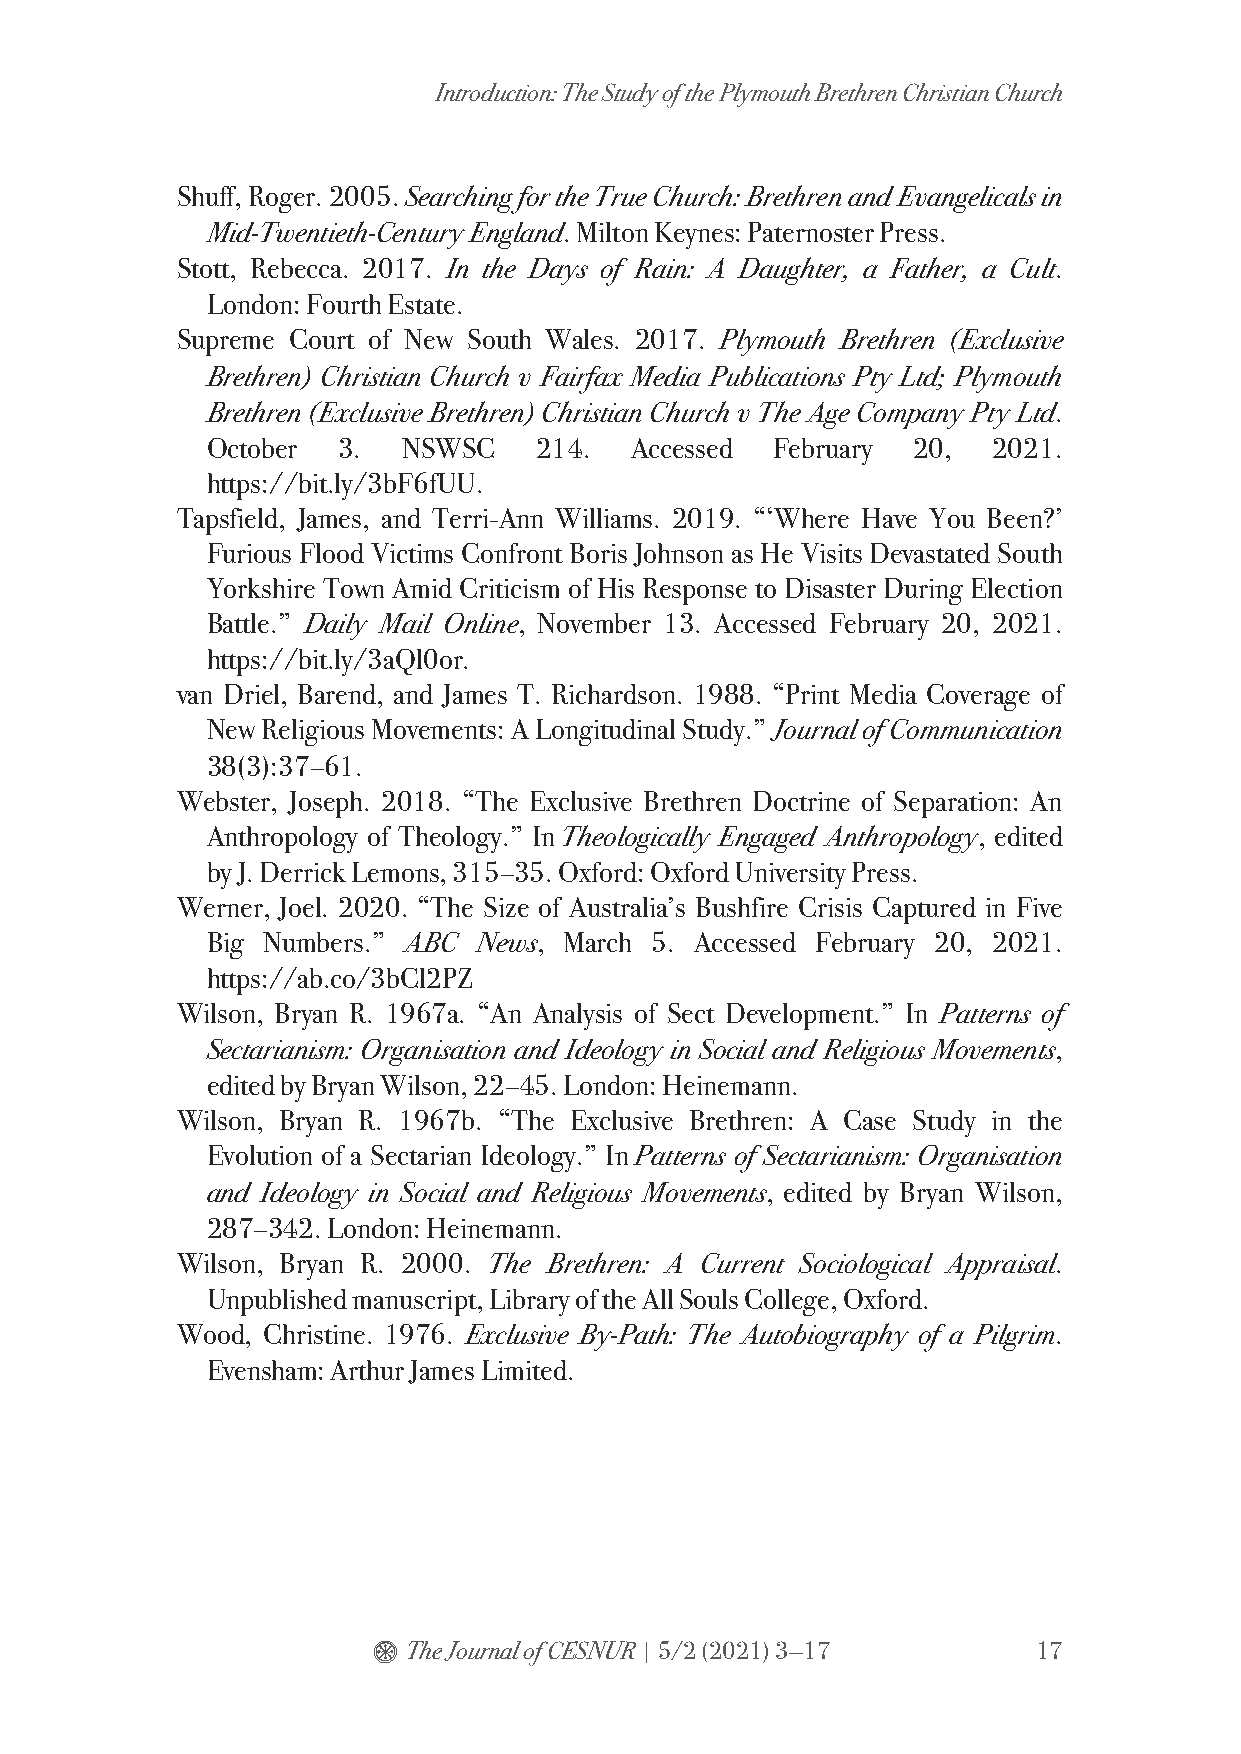
Introduction: The Study of the Plymouth Brethren Christian Church
 Shuff, Roger. 2005. Searching for the True Church: Brethren and Evangelicals in
 Mid-Twentieth-Century England. Milton Keynes: Paternoster Press.
 Stott, Rebecca. 2017. In the Days of Rain: A Daughter, a Father, a Cult.
 London: Fourth Estate.
 Supreme Court of New South Wales. 2017. Plymouth Brethren (Exclusive
 Brethren) Christian Church v Fairfax Media Publications Pty Ltd; Plymouth
 Brethren (Exclusive Brethren) Christian Church v The Age Company Pty Ltd.
 October 3.   NSWSC    214.  Accessed February 20,   2021.
 https://bit.ly/3bF6fUU.
 Tapsfield, James, and Terri-Ann Williams. 2019. “‘Where Have You Been?’
 Furious Flood Victims Confront Boris Johnson as He Visits Devastated South
 Yorkshire Town Amid Criticism of His Response to Disaster During Election
 Battle.” Daily Mail Online, November 13. Accessed February 20, 2021.
 https://bit.ly/3aQl0or.
 van Driel, Barend, and James T. Richardson. 1988. “Print Media Coverage of
 New Religious Movements: A Longitudinal Study.” Journal of Communication
 38(3):37–61.
 Webster, Joseph. 2018. “The Exclusive Brethren Doctrine of Separation: An
 Anthropology of Theology.” In Theologically Engaged Anthropology, edited
 by J. Derrick Lemons, 315–35. Oxford: Oxford University Press.
 Werner, Joel. 2020. “The Size of Australia’s Bushfire Crisis Captured in Five
 Big Numbers.” ABC News, March 5. Accessed February 20, 2021.
 https://ab.co/3bCl2PZ
 Wilson, Bryan R. 1967a. “An Analysis of Sect Development.” In Patterns of
 Sectarianism: Organisation and Ideology in Social and Religious Movements,
 edited by Bryan Wilson, 22–45. London: Heinemann.
 Wilson, Bryan R. 1967b. “The Exclusive Brethren: A Case Study in the
 Evolution of a Sectarian Ideology.” In Patterns of Sectarianism: Organisation
 and Ideology in Social and Religious Movements, edited by Bryan Wilson,
 287–342. London: Heinemann.
 Wilson, Bryan R. 2000. The Brethren: A Current Sociological Appraisal.
 Unpublished manuscript, Library of the All Souls College, Oxford.
 Wood, Christine. 1976. Exclusive By-Path: The Autobiography of a Pilgrim.
 Evensham: Arthur James Limited.
 $ The Journal of CESNUR | 5/2 (2021) 3—17   17